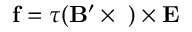
{ \bf f } = \tau ( { \bf B } ^ { \prime } \times { \bf \mu } ) \times { \bf E }